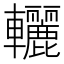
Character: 𨏽